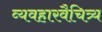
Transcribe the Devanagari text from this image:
व्यवहारवैचित्र्य